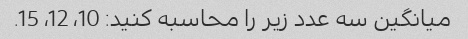
میانگین سه عدد زیر را محاسبه کنید: 10، 12، 15.